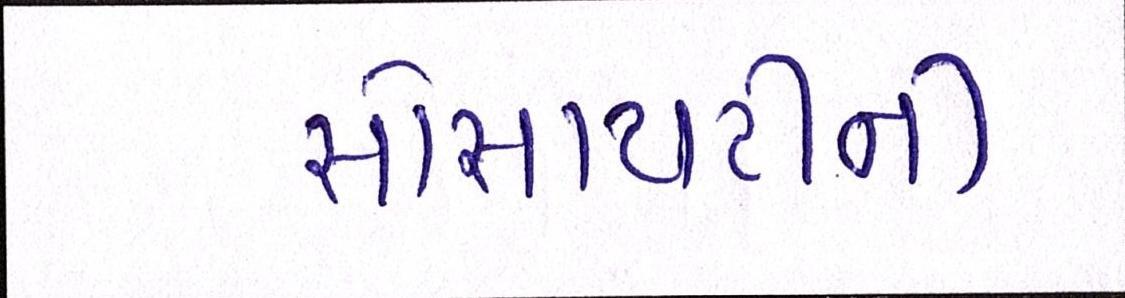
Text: સોસાયટીની